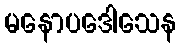
မနောပဒေါသေန